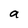
Character: a